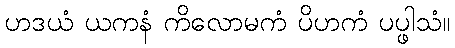
ဟဒယံ ယကနံ ကိလောမကံ ပိဟကံ ပပ္ဖါသံ။